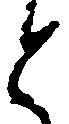
と